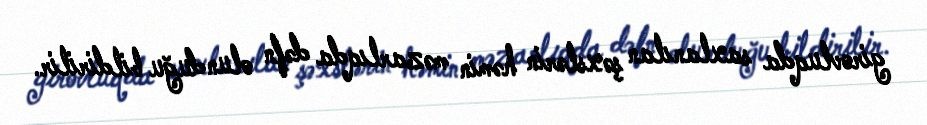
girovluqda saxlanılan şəxslərin həmin məzarlıqda dəfn olunduğu bildirilir.